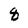
Character: 8